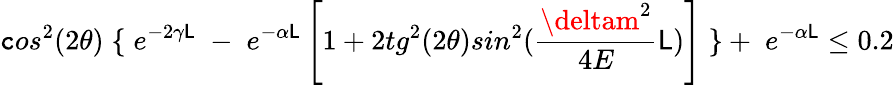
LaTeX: \mathtt{c}os^{2}(2\theta)\; \{ \; e^{-2\gamma\mathsf{L}}\; -\; e^{-\alpha\mathsf{L}}\left[1+2tg^{2}(2\theta)sin^{2}(\frac{{\deltam^{2}}}{{4E}}\mathsf{L})\right]\; \} +\; e^{-\alpha\mathsf{L}}\leq0.2